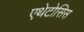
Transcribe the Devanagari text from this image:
एथेटोसिस